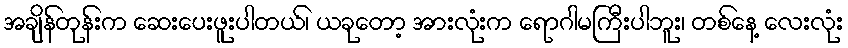
အချိန်တုန်းက ဆေးပေးဖူးပါတယ်၊ ယခုတော့ အားလုံးက ရောဂါမကြီးပါဘူး၊ တစ်နေ့ လေးလုံး